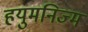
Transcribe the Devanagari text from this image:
हयुमनिज्म